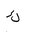
Letter: _kaf